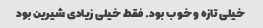
خیلی تازه و خوب بود. فقط خیلی زیادی شیرین بود